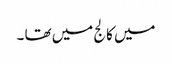
میں کالج میں تھا ۔